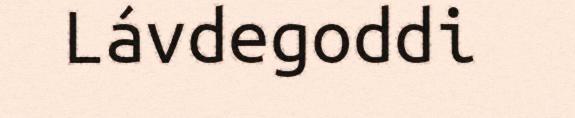
Lávdegoddi